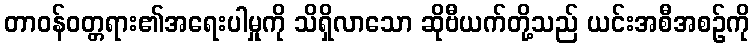
တာဝန်ဝတ္တရား၏အရေးပါမှုကို သိရှိလာသော ဆိုဗီယက်တို့သည် ယင်းအစီအစဉ်ကို